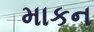
માકન